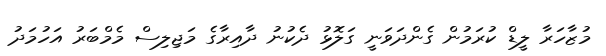
މުޒާހަރާ ލީޑް ކުރަމުން ގެންދަވަނީ ގަލޮޅު ދެކުނު ދާއިރާގެ މަޖިލިސް މެމްބަރު އަހުމަދު